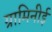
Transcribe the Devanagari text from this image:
ग्रामिनीई